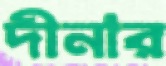
দীনার